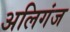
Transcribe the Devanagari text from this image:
अलिगंज